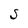
Character: S